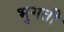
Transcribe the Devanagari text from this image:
भुगती